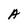
Character: A